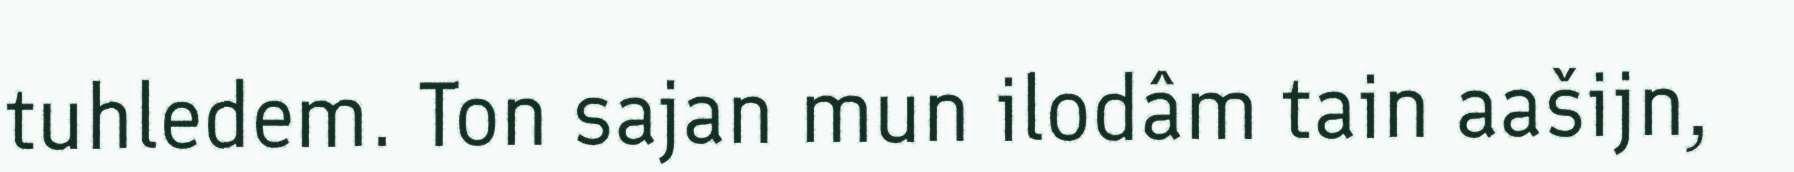
tuhledem. Ton sajan mun ilodâm tain aašijn,